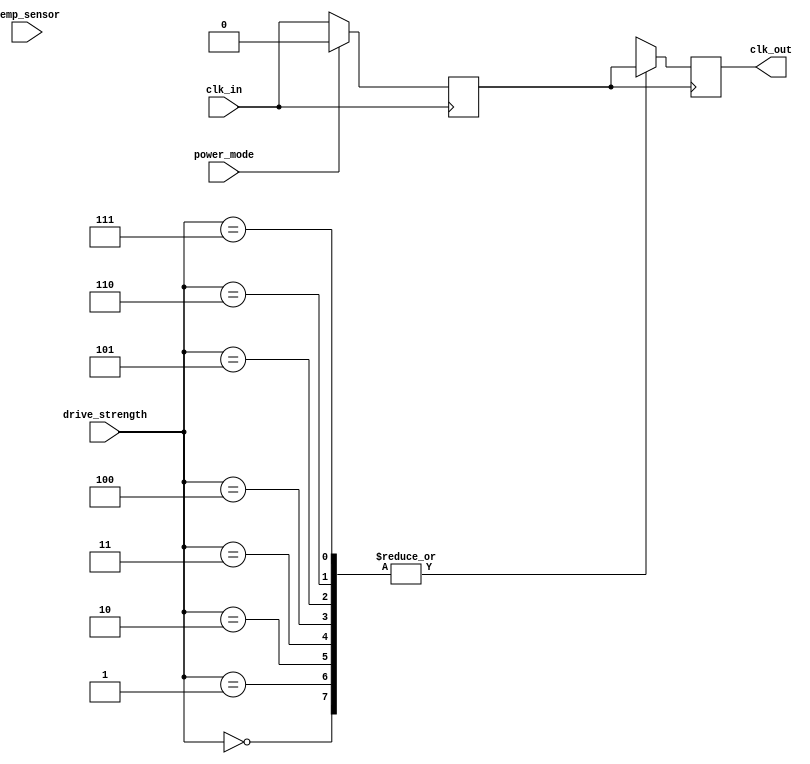
module TempCompClockBuffer (
    input wire clk_in,               // Input clock
    input wire temp_sensor,          // Temperature sensor input (for simulation; in practice, this would be an ADC or similar)
    input wire [2:0] drive_strength, // Drive strength configuration (0: low, 7: high)
    input wire power_mode,           // Power management control (0: active, 1: low power)
    output reg clk_out               // Buffered output clock
);

    // Internal parameters
    parameter DELAY_LOW = 2;         // Delay for low temperature
    parameter DELAY_HIGH = 5;        // Delay for high temperature

    // Internal variables
    reg [2:0] delay;                 // Delay control based on temperature
    reg clk_buf;                     // Buffered clock signal
    reg temp_condition;              // Condition based on temperature sensor

    // Determine temperature condition (for simulation; replace with actual temperature logic)
    always @(*) begin
        if (temp_sensor < 8'd50) begin
            temp_condition = 1'b0;   // Low temperature
            delay = DELAY_LOW;       // Set delay for low temp
        end else begin
            temp_condition = 1'b1;   // High temperature
            delay = DELAY_HIGH;      // Set delay for high temp
        end
    end

    // Clock buffer logic with temperature compensation
    always @(posedge clk_in) begin
        if (power_mode == 1'b0) begin // If active mode
            // Adjust the output clock based on determined delay
            #delay clk_buf <= clk_in; // Apply delay based on temperature
        end else begin
            clk_buf <= 1'b0; // In low power mode, output low
        end
    end

    // Drive strength control
    always @(posedge clk_buf) begin
        case (drive_strength)
            3'b000: clk_out <= clk_buf; // Low drive strength
            3'b001: clk_out <= clk_buf; // Medium-low drive strength
            3'b010: clk_out <= clk_buf; // Medium drive strength
            3'b011: clk_out <= clk_buf; // Medium-high drive strength
            3'b100: clk_out <= clk_buf; // High drive strength
            3'b101: clk_out <= clk_buf; // Higher drive strength
            3'b110: clk_out <= clk_buf; // Even higher drive strength
            3'b111: clk_out <= clk_buf; // Maximum drive strength
            default: clk_out <= clk_buf; // Default case
        endcase
    end

endmodule